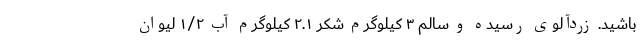
باشید. زردآلوی رسیده و سالم ۳ کیلوگرم شکر ۲.۱ کیلوگرم آب ۱/۲ لیوان